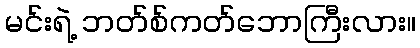
မင်းရဲ့ ဘတ်စ်ကတ်ဘောကြီးလား။